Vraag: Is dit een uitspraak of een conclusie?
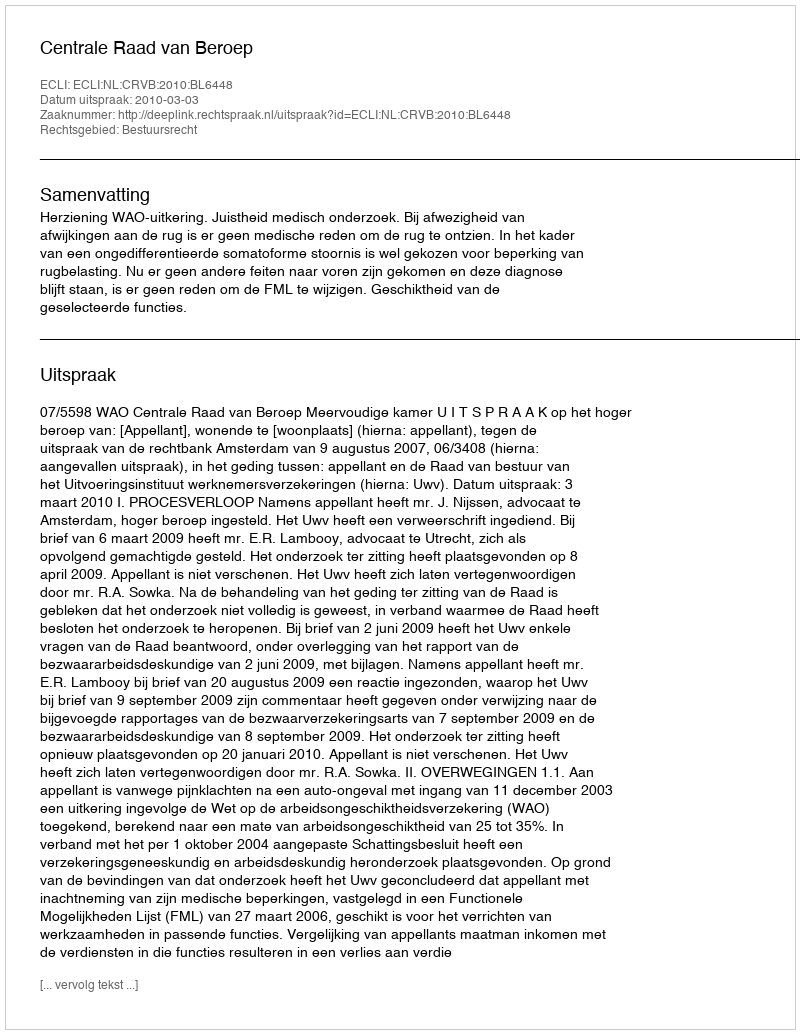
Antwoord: Uitspraak